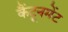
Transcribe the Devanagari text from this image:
कैंटूनमेंट